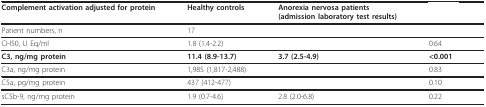
<table><thead><tr><td><b>Complement activation adjusted for protein</b></td><td><b>Healthy controls</b></td><td><b>Anorexia nervosa patients(admission laboratory test results)</b></td><td>[EMPTY_CELL]</td></tr></thead><tbody><tr><td>Patient numbers, n</td><td>17</td><td>[EMPTY_CELL]</td><td>[EMPTY_CELL]</td></tr><tr><td>CH50, U Eq/ml</td><td>1.8 (1.4-2.2)</td><td>[EMPTY_CELL]</td><td>0.64</td></tr><tr><td><b>C3, ng/mg protein</b></td><td><b>11.4 (8.9-13.7)</b></td><td><b>3.7 (2.5-4.9)</b></td><td><b>&lt;0.001</b></td></tr><tr><td>C3a, ng/mg protein</td><td>1,985 (1,817-2,488)</td><td>[EMPTY_CELL]</td><td>0.83</td></tr><tr><td>C5a, pg/mg protein</td><td>437 (412-477)</td><td>[EMPTY_CELL]</td><td>0.10</td></tr><tr><td>sC5b-9, ng/mg protein</td><td>1.9 (0.7-4.6)</td><td>2.8 (2.0-6.8)</td><td>0.22</td></tr></tbody></table>